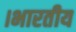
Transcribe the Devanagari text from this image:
।भारतीय